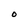
Character: O